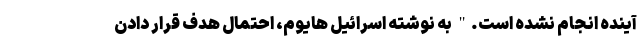
آینده انجام نشده است." به نوشته اسرائیل هایوم، احتمال هدف قرار دادن